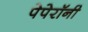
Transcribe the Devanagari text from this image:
पेपेरॉनी